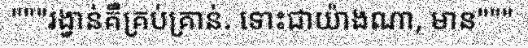
"""រង្វាន់គឺគ្រប់គ្រាន់. ទោះជាយ៉ាងណា, មាន"""